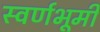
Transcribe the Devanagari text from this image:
स्वर्णभूमी